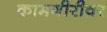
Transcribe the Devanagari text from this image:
कामगीरीवर